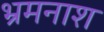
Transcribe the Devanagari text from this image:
भ्रमनाश